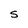
Character: S